Reports on military cantonments and civil stations in the Presidency of Bombay inspected by the Sanitary Commissioner in the years 1875 and 1876
Year: 1875
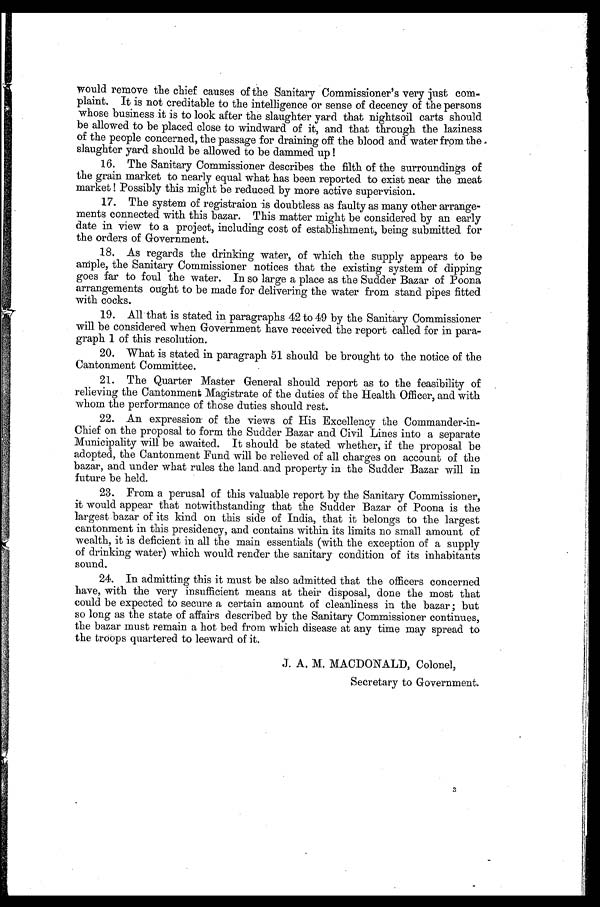
would remove the chief causes of the Sanitary Commissioner's very just com-
plaint. It is not creditable to the intelligence or sense of decency of the persons
whose business it is to look after the slaughter yard that nightsoil carts should
be allowed to be placed close to windward of it, and that through the laziness
of the people concerned, the passage for draining off the blood and water from the
slaughter yard should be allowed to be dammed up!
16. The Sanitary Commissioner describes the filth of the surroundings of
the grain market to nearly equal what has been reported to exist near the meat
market! Possibly this might be reduced by more active supervision.
17. The system of registraion is doubtless as faulty as many other arrange--
ments connected with this bazar. This matter might be considered by an early
date in view to a project, including cost of establishment, being submitted for
the orders of Government.
18. As regards the drinking water, of which the supply appears to be
a m p l e , t h e S a n i t a r y C o m m i s s i o n e r n o t i c e s t h a t t h e e x i s t i n g s y s t e m o f d i p p i n g
goes far to foul the water. In so large a place as the Sudder Bazar of Poona
arrangements ought to be made for delivering the water from stand pipes fitted
with cocks.
19. All that is stated in paragraphs 42 to 49 by the Sanitary Commissioner
will be considered when Government have received the report called for in para--
graph 1 of this resolution.
20. What is stated in paragraph 51 should be brought to the notice of the
Cantonment Committee.
21. The Quarter Master General should report as to the feasibility of
relieving the Cantonment Magistrate of the duties of the Health Officer, and with
whom the performance of those duties should rest.
22. An expression of the views of His Excellency the Commander-in-
Chief on the proposal to form the Sudder Bazar and Civil Lines into a separate
Municipality will be awaited. It should be stated whether, if the proposal be
adopted, the Cantonment Fund will be relieved of all charges on account of the
bazar, and under what rules the land and property in the Sudder Bazar will in
future be held.
23. From a perusal of this valuable report by the Sanitary Commissioner,
it would appear that notwithstanding that the Sudder Bazar of Poona is the
largest bazar of its kind on this side of India, that it belongs to the largest
cantonment in this presidency, and contains within its limits no small amount of
wealth, it is deficient in all the main essentials (with the exception of a supply
of drinking water) which would render the sanitary condition of its inhabitants
sound.
24. In admitting this it must be also admitted that the officers concerned
have, with the very insufficient means at their disposal, done the most that
could be expected to secure a certain amount of cleanliness in the bazar; but
so long as the state of affairs described by the Sanitary Commissioner continues,
the bazar must remain a hot bed from which disease at any time may spread to
the troops quartered to leeward of it.
J. A. M. MACDONALD, Colonel,
Secretary to Government.